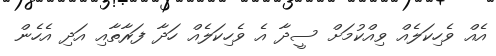
އެއް ވެހިކަލެއް ވިއްކުމަށް ސީދާ އެ ވެހިކަލެއް ހަދާ ފަރާތާއި އަދި އެހެން